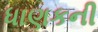
ધાણકની